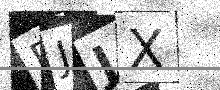
Text: BJJX